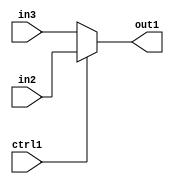
`timescale 1ps / 1ps
/*****************************************************************************
    Verilog RTL Description
    
    
    Created by: Stratus DpOpt 2019.1.01 
*******************************************************************************/

module pw_feature_addr_gen_N_Mux_8_2_19_1 (
	in3,
	in2,
	ctrl1,
	out1
	); /* architecture "behavioural" */ 
input [7:0] in3,
	in2;
input  ctrl1;
output [7:0] out1;
wire [7:0] asc001;

reg [7:0] asc001_tmp_0;
assign asc001 = asc001_tmp_0;
always @ (ctrl1 or in2 or in3) begin
	case (ctrl1)
		1'B1 : asc001_tmp_0 = in2 ;
		default : asc001_tmp_0 = in3 ;
	endcase
end

assign out1 = asc001;
endmodule

/* CADENCE  uLb2SQA= : u9/ySgnWtBlWxVPRXgAZ4Og= ** DO NOT EDIT THIS LINE ******/